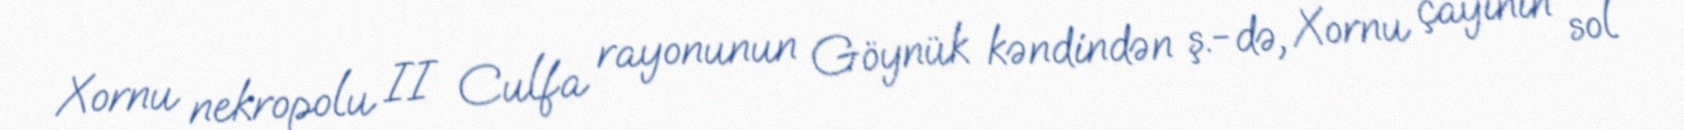
Xornu nekropolu II Culfa rayonunun Göynük kəndindən ş.-də, Xornu çayının sol